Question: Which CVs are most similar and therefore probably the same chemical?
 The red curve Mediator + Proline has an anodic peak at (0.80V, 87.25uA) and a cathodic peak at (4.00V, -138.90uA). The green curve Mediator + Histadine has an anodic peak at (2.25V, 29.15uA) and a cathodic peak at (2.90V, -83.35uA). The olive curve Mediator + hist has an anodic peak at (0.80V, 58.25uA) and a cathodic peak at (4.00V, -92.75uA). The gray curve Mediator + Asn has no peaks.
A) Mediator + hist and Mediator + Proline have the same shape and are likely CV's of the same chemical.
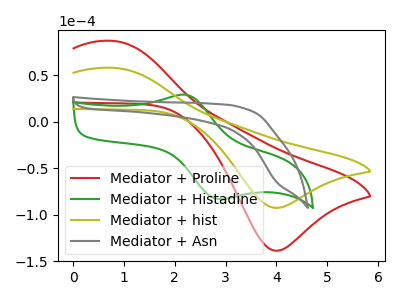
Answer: <think>"Mediator + Proline" and "Mediator + Histadine" have at least one peak that do not match. All the peaks in "Mediator + Proline" have a peak in "Mediator + hist" at the same potential. Every peak in "Mediator + Proline" is higher than every peak in "Mediator + hist". "Mediator + Proline" and "Mediator + Asn" have a different number of peaks. "Mediator + Histadine" and "Mediator + hist" have at least one peak that do not match. "Mediator + Histadine" and "Mediator + Asn" have a different number of peaks. "Mediator + hist" and "Mediator + Asn" have a different number of peaks.
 </think>
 <answer>A) "Mediator + hist" and "Mediator + Proline" have the same shape and are likely CV's of the same chemical.</answer>
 <eval>A</eval>